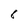
Character: 6